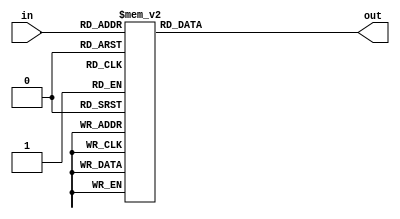
// Copyright 2007 Altera Corporation. All rights reserved.  
// Altera products are protected under numerous U.S. and foreign patents, 
// maskwork rights, copyrights and other intellectual property laws.  
//
// This reference design file, and your use thereof, is subject to and governed
// by the terms and conditions of the applicable Altera Reference Design 
// License Agreement (either as signed by you or found at www.altera.com).  By
// using this reference design file, you indicate your acceptance of such terms
// and conditions between you and Altera Corporation.  In the event that you do
// not agree with such terms and conditions, you may not use the reference 
// design file and please promptly destroy any copies you have made.
//
// This reference design file is being provided on an "as-is" basis and as an 
// accommodation and therefore all warranties, representations or guarantees of 
// any kind (whether express, implied or statutory) including, without 
// limitation, warranties of merchantability, non-infringement, or fitness for
// a particular purpose, are specifically disclaimed.  By making this reference
// design file available, Altera expressly does not recommend, suggest or 
// require that this reference design file be used in combination with any 
// other product not provided by Altera.
/////////////////////////////////////////////////////////////////////////////

// Look up table for approximate floating point
// division - total area is seven 6-LUTs.

module approx_fp_div_lut (in, out);
input [5:0] in;
output [6:0] out;
reg [6:0] out;

always @(in) begin
   case (in)
        6'h0 : out <= 7'h7c;
        6'h1 : out <= 7'h78;
        6'h2 : out <= 7'h74;
        6'h3 : out <= 7'h70;
        6'h4 : out <= 7'h6d;
        6'h5 : out <= 7'h6a;
        6'h6 : out <= 7'h66;
        6'h7 : out <= 7'h63;
        6'h8 : out <= 7'h60;
        6'h9 : out <= 7'h5d;
        6'ha : out <= 7'h5a;
        6'hb : out <= 7'h57;
        6'hc : out <= 7'h54;
        6'hd : out <= 7'h52;
        6'he : out <= 7'h4f;
        6'hf : out <= 7'h4c;
        6'h10 : out <= 7'h4a;
        6'h11 : out <= 7'h47;
        6'h12 : out <= 7'h45;
        6'h13 : out <= 7'h43;
        6'h14 : out <= 7'h40;
        6'h15 : out <= 7'h3e;
        6'h16 : out <= 7'h3c;
        6'h17 : out <= 7'h3a;
        6'h18 : out <= 7'h38;
        6'h19 : out <= 7'h36;
        6'h1a : out <= 7'h34;
        6'h1b : out <= 7'h32;
        6'h1c : out <= 7'h30;
        6'h1d : out <= 7'h2e;
        6'h1e : out <= 7'h2c;
        6'h1f : out <= 7'h2a;
        6'h20 : out <= 7'h28;
        6'h21 : out <= 7'h27;
        6'h22 : out <= 7'h25;
        6'h23 : out <= 7'h23;
        6'h24 : out <= 7'h22;
        6'h25 : out <= 7'h20;
        6'h26 : out <= 7'h1f;
        6'h27 : out <= 7'h1d;
        6'h28 : out <= 7'h1c;
        6'h29 : out <= 7'h1a;
        6'h2a : out <= 7'h19;
        6'h2b : out <= 7'h17;
        6'h2c : out <= 7'h16;
        6'h2d : out <= 7'h14;
        6'h2e : out <= 7'h13;
        6'h2f : out <= 7'h12;
        6'h30 : out <= 7'h10;
        6'h31 : out <= 7'hf;
        6'h32 : out <= 7'he;
        6'h33 : out <= 7'hd;
        6'h34 : out <= 7'hc;
        6'h35 : out <= 7'ha;
        6'h36 : out <= 7'h9;
        6'h37 : out <= 7'h8;
        6'h38 : out <= 7'h7;
        6'h39 : out <= 7'h6;
        6'h3a : out <= 7'h5;
        6'h3b : out <= 7'h4;
        6'h3c : out <= 7'h3;
        6'h3d : out <= 7'h2;
        6'h3e : out <= 7'h1;
        6'h3f : out <= 7'h0;
    endcase
end
endmodule